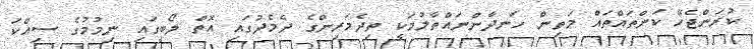
ކުރަންޖެހޭ ކަންތައްތައް މަތިން ހަނދާންނައްތާލުމަކީ ތިދެމަރިންގެ ދެމެދުގައި އޮތް ލޯބީގައި ނިމުމުގެ ސިއްކަ